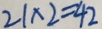
2 1 \times 2 = 4 2